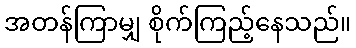
အတန်ကြာမျှ စိုက်ကြည့်နေသည်။